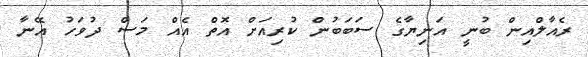
ރެއާލްއިން ބުނީ އަނިޔާގެ ސަބަބުން ކުރިއަށް އޮތް އެއް މަސް ދުވަހު އޭނާ